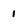
Character: 1